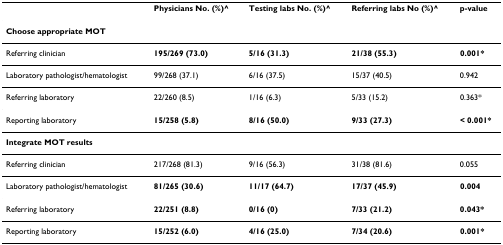
<table><thead><tr><td></td><td><b>Physicians No. (%)^</b></td><td><b>Testing labs No. (%)^</b></td><td><b>Referring labs No (%)^</b></td><td><b>p-value</b></td></tr></thead><tbody><tr><td colspan="5"><b>Choose appropriate MOT</b></td></tr><tr><td>Referring clinician</td><td><b>195/269 (73.0)</b></td><td><b>5/16 (31.3)</b></td><td><b>21/38 (55.3)</b></td><td><b>0.001*</b></td></tr><tr><td>Laboratory pathologist/hematologist</td><td>99/268 (37.1)</td><td>6/16 (37.5)</td><td>15/37 (40.5)</td><td>0.942</td></tr><tr><td>Referring laboratory</td><td>22/260 (8.5)</td><td>1/16 (6.3)</td><td>5/33 (15.2)</td><td>0.363*</td></tr><tr><td>Reporting laboratory</td><td><b>15/258 (5.8)</b></td><td><b>8/16 (50.0)</b></td><td><b>9/33 (27.3)</b></td><td><b>&lt; 0.001*</b></td></tr><tr><td colspan="5"><b>Integrate MOT results</b></td></tr><tr><td>Referring clinician</td><td>217/268 (81.3)</td><td>9/16 (56.3)</td><td>31/38 (81.6)</td><td>0.055</td></tr><tr><td>Laboratory pathologist/hematologist</td><td><b>81/265 (30.6)</b></td><td><b>11/17 (64.7)</b></td><td><b>17/37 (45.9)</b></td><td><b>0.004</b></td></tr><tr><td>Referring laboratory</td><td><b>22/251 (8.8)</b></td><td><b>0/16 (0)</b></td><td><b>7/33 (21.2)</b></td><td><b>0.043*</b></td></tr><tr><td>Reporting laboratory</td><td><b>15/252 (6.0)</b></td><td><b>4/16 (25.0)</b></td><td><b>7/34 (20.6)</b></td><td><b>0.001*</b></td></tr></tbody></table>